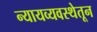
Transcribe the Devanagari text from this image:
न्यायव्यवस्थेतून